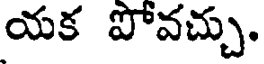
యక పోవచ్చు.